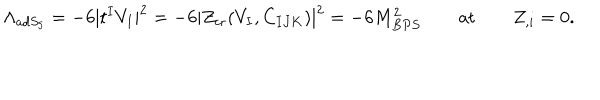
LaTeX: \Lambda _ { a d S _ { 5 } } = - 6 | t ^ { I } V _ { I } | ^ { 2 } = - 6 | Z _ { \mathrm { c r } } ( V _ { I } , C _ { I J K } ) | ^ { 2 } = - 6 M _ { B P S } ^ { 2 } \qquad \mathrm { a t } \qquad Z _ { , i } = 0 .